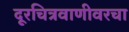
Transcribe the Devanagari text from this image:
दूरचित्रवाणीवरचा